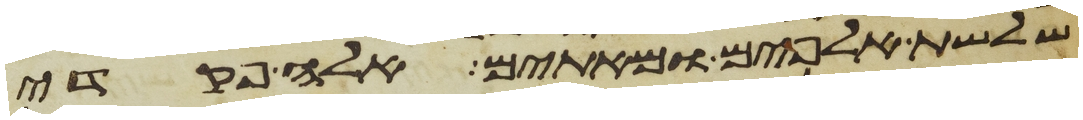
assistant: שלשת אלפים ומאתים אלה פקדי